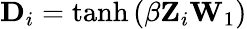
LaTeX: \mathbf{D}_{i}=\operatorname{tanh}\left(\beta\mathbf{Z}_{i}\mathbf{W}_{1}\right)